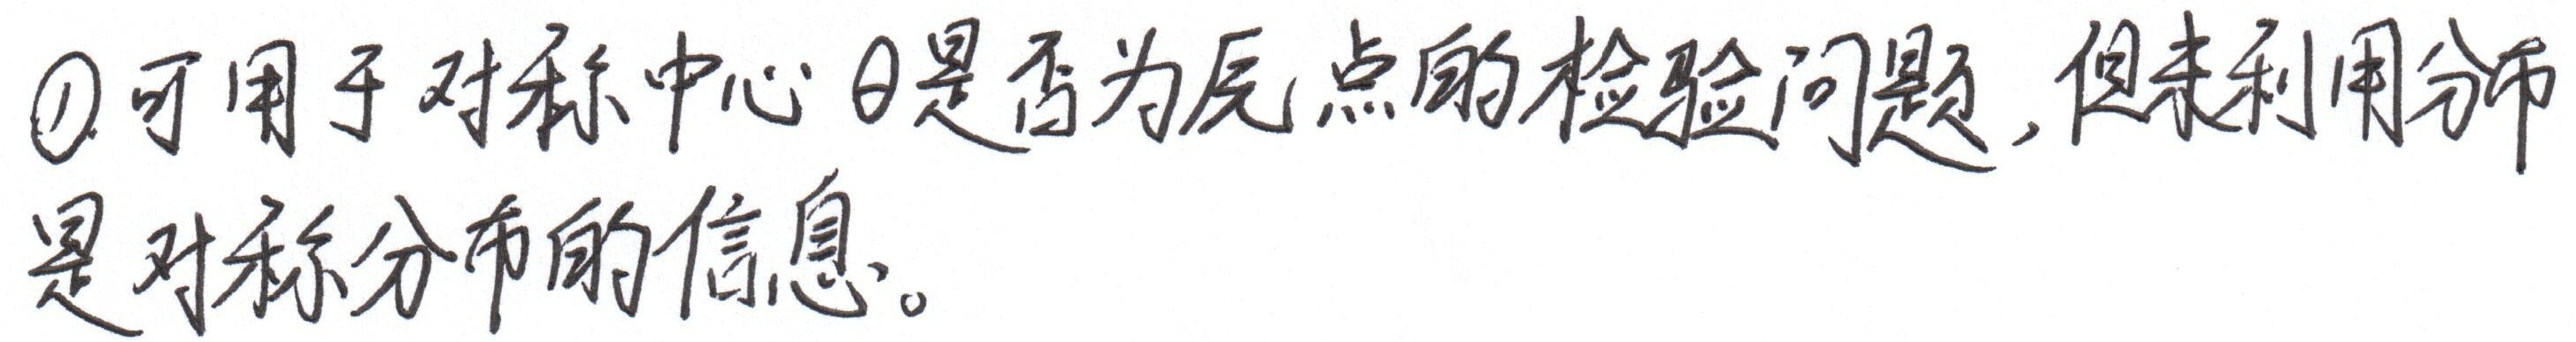
\(\textcircled{1}\)可用于对称中心\(\theta\)是否为原点的检验问题，但未利用分布是对称分布的信息。